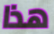
هذا